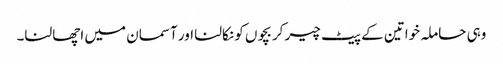
وہی حاملہ خواتین کے پیٹ چیر کر بچوں کو نکالنا اور آسمان میں اچھالنا۔